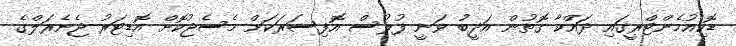
ޑޮކިއުމެންޓްރީގައި ދައްކާ ގޮތުން އަދީބު ވަނީ ފުލުސް އޮފިސަރަކަށް މެސެޖުކޮށް އޮޑިޓަރު ޖެނެރަލްގެ